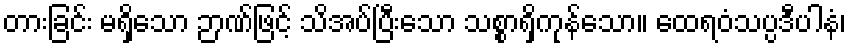
တားခြင်း မရှိသော ဉာဏ်ဖြင့် သိအပ်ပြီးသော သစ္စာရှိကုန်သော။ ထေရဝံသပ္ပဒီပါနံ၊